Annual report of the Punjab Veterinary College and of the Civil Veterinary Department, Punjab - 1926-1932
Year: 1926
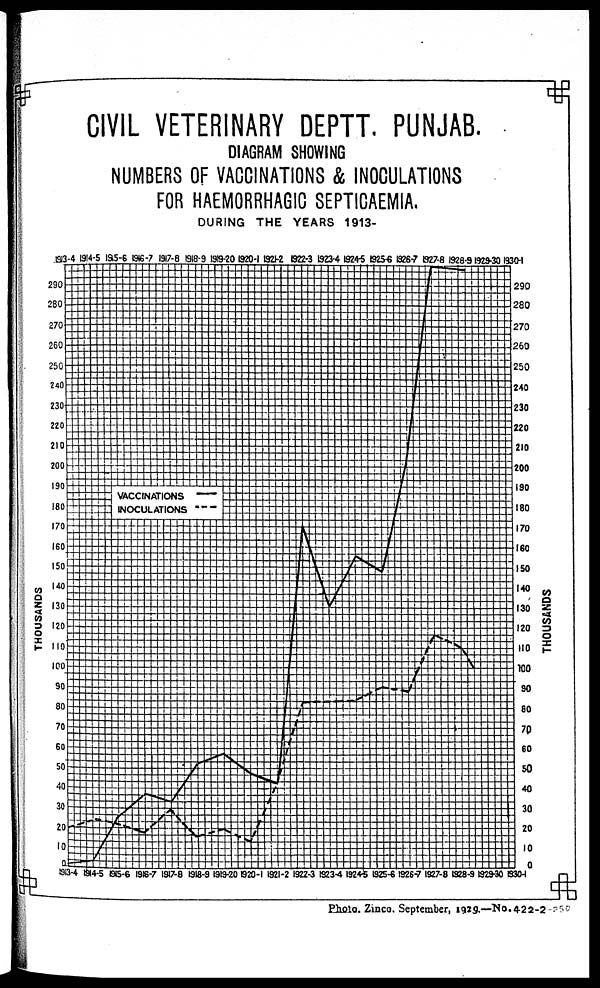
CIVIL VETERINARY DEPTT. PUNJAB.
DIAGRAM SHOWING
NUMBERS OF VACCINATIONS & INOCULATIONS
FOR HAEMORRHAGIC SEPTICAEMIA.
DURING THE YEARS 1913-
Photo. Zinco. September, 1929.—No.422-2-250